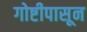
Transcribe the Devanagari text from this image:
गोष्टीपासून